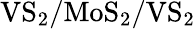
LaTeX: \mathrm{VS_{2}/MoS_{2}/VS_{2}}